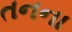
તનના